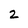
Character: 2